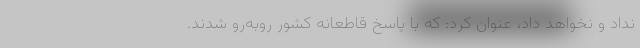
نداد و نخواهد داد، عنوان کرد: که با پاسخ قاطعانه کشور روبه‌رو شدند.